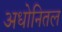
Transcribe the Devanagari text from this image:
अधोनितल